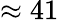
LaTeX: \approx 41